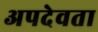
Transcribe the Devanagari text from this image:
अपदेवता